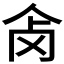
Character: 𰁺